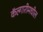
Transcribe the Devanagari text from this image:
कॅल्गारीमधील